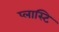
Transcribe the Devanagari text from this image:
प्लास्टि